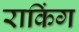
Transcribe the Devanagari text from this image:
राकिंग